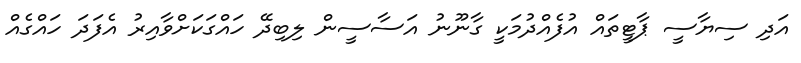
އަދި ސިޔާސީ ޕާޓީތައް އުފެއްދުމަކީ ގާނޫނު އަސާސީން ލިބިދޭ ހައްގަކަށްވާއިރު އެފަދަ ހައްގެއް